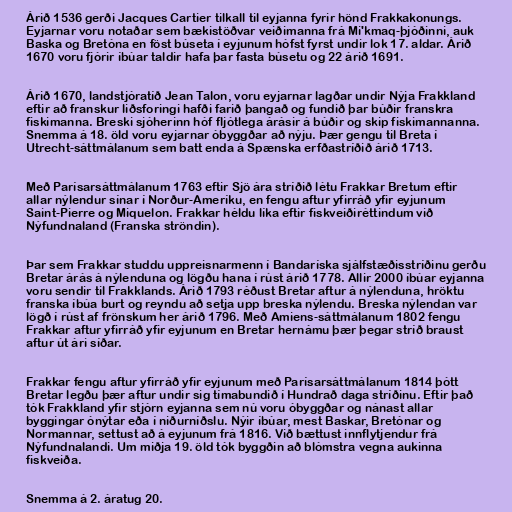
Árið 1536 gerði Jacques Cartier tilkall til eyjanna fyrir hönd Frakkakonungs.
Eyjarnar voru notaðar sem bækistöðvar veiðimanna frá Mi'kmaq-þjóðinni, auk
Baska og Bretóna en föst búseta í eyjunum hófst fyrst undir lok 17. aldar. Árið
1670 voru fjórir íbúar taldir hafa þar fasta búsetu og 22 árið 1691.

Árið 1670, landstjóratíð Jean Talon, voru eyjarnar lagðar undir Nýja Frakkland
eftir að franskur liðsforingi hafði farið þangað og fundið þar búðir franskra
fiskimanna. Breski sjóherinn hóf fljótlega árásir á búðir og skip fiskimannanna.
Snemma á 18. öld voru eyjarnar óbyggðar að nýju. Þær gengu til Breta í
Utrecht-sáttmálanum sem batt enda á Spænska erfðastríðið árið 1713.

Með Parísarsáttmálanum 1763 eftir Sjö ára stríðið létu Frakkar Bretum eftir
allar nýlendur sínar í Norður-Ameríku, en fengu aftur yfirráð yfir eyjunum
Saint-Pierre og Miquelon. Frakkar héldu líka eftir fiskveiðiréttindum við
Nýfundnaland (Franska ströndin).

Þar sem Frakkar studdu uppreisnarmenn í Bandaríska sjálfstæðisstríðinu gerðu
Bretar árás á nýlenduna og lögðu hana í rúst árið 1778. Allir 2000 íbúar eyjanna
voru sendir til Frakklands. Árið 1793 réðust Bretar aftur á nýlenduna, hröktu
franska íbúa burt og reyndu að setja upp breska nýlendu. Breska nýlendan var
lögð í rúst af frönskum her árið 1796. Með Amiens-sáttmálanum 1802 fengu
Frakkar aftur yfirráð yfir eyjunum en Bretar hernámu þær þegar stríð braust
aftur út ári síðar.

Frakkar fengu aftur yfirráð yfir eyjunum með Parísarsáttmálanum 1814 þótt
Bretar legðu þær aftur undir sig tímabundið í Hundrað daga stríðinu. Eftir það
tók Frakkland yfir stjórn eyjanna sem nú voru óbyggðar og nánast allar
byggingar ónýtar eða í niðurníðslu. Nýir íbúar, mest Baskar, Bretónar og
Normannar, settust að á eyjunum frá 1816. Við bættust innflytjendur frá
Nýfundnalandi. Um miðja 19. öld tók byggðin að blómstra vegna aukinna
fiskveiða.

Snemma á 2. áratug 20.